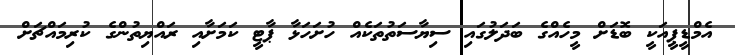
އެމްޑީޕީއަކީ ބޮޑަށް މީހެއްގެ ބަދަލުގައި ސިޔާސަތުތަކެއް ހުށަހަޅާ ޕާޓީ ކަމަށާއި ރައްޔިތުންގެ ކުރިމައްޗަށް